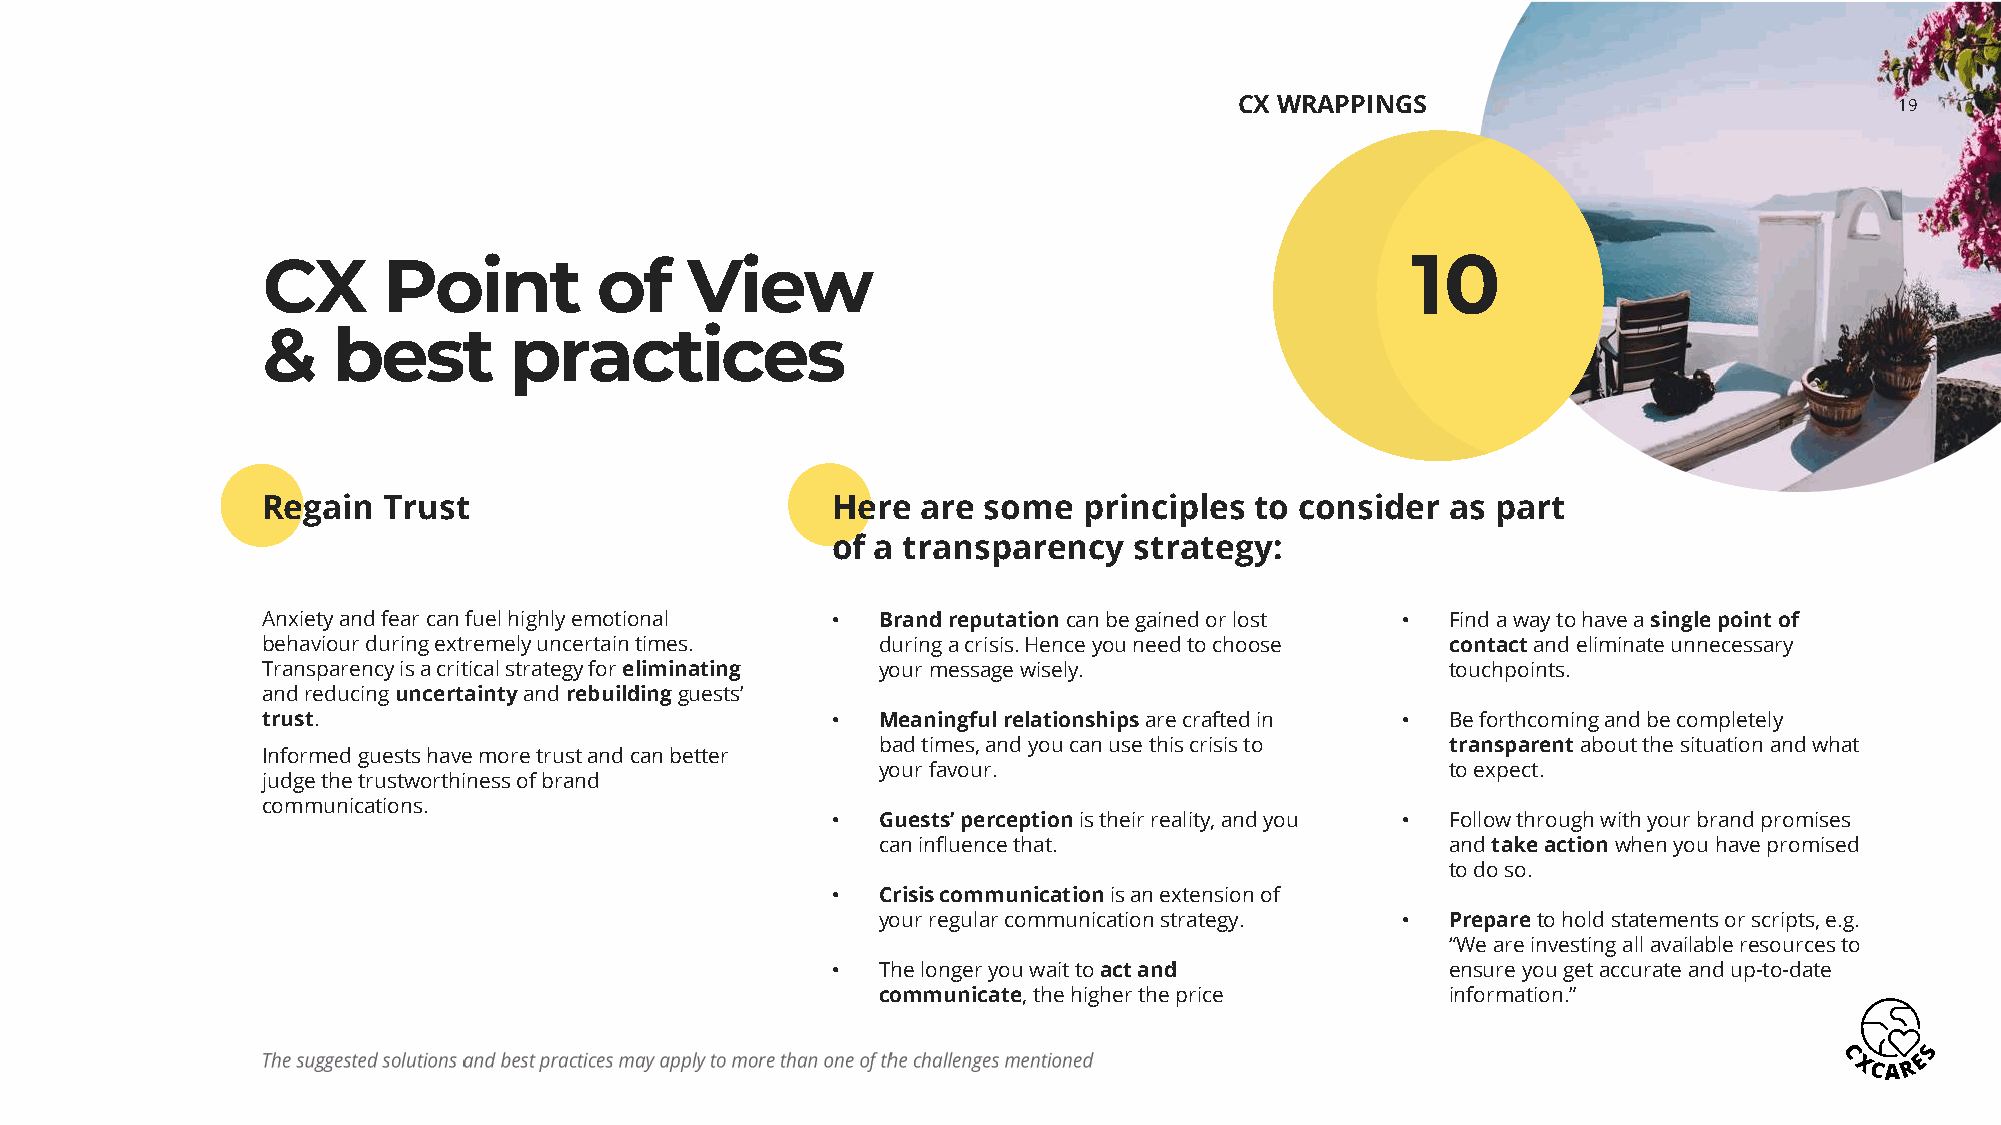
CX WRAPPINGS                                19
 CX      Point          of   View                                            10
 &    best        practices
 Regain  Trust                         Here  are some   principles to consider  as part
 of a transparency   strategy:
 Anxiety and fear can fuel highly emotional • Brand reputationcan be gained or lost • Find a way to have a single point of
 behaviour during extremely uncertain times. during a crisis. Hence you need to choose contactand eliminate unnecessary
 Transparency is a critical strategy for eliminating your message wisely.       touchpoints.
 and reducing uncertaintyand rebuildingguests’
 trust.                                •  Meaningful relationshipsare crafted in • Be forthcoming and be completely
 bad times, and you can use this crisis to transparentabout the situation and what
 Informed guests have more trust and can better
 your favour.                          to expect.
 judge the trustworthiness of brand
 communications.
 •  Guests’ perceptionis their reality, and you • Follow through with your brand promises
 can influence that.                   and take actionwhen you have promised
 to do so.
 •  Crisis communicationis an extension of
 your regular communication strategy. • Prepareto hold statements or scripts, e.g.
 “We are investing all available resources to
 •  The longer you wait to act and        ensure you get accurate and up-to-date
 communicate, the higher the price     information.”